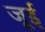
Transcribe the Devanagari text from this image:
जूई